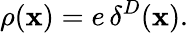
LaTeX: \rho({\mathbf x})=e\, \delta^{D}({\mathbf x}).